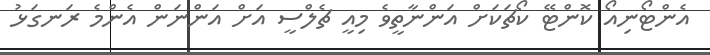
އެންޓޯނިއޯ ކޮންޓޭ ކޯޗަކަށް އަންނާތީވެ މިއީ ޗެލްސީ އަށް އަންނަން އެންމެ ރަނގަޅު